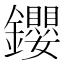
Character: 𨰃